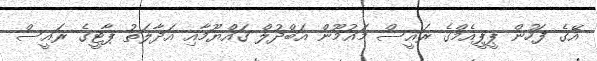
އޭގެ ފަހުން ޕީޕީއެމްގެ ރައީސް މައުމޫން އަބްދުލް ގައްޔޫމާއި އަދާލަތު ޕާޓީގެ ރައީސް